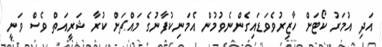
އަދި އުމަރު ކޯޓަށް ހާޒިރުވެވަޑައިގެންނެވުމުން އެމަނިކުފާނުގެ މައްޗަށް ކުރާ ޝަރީއަތް ވެސް ވަނީ